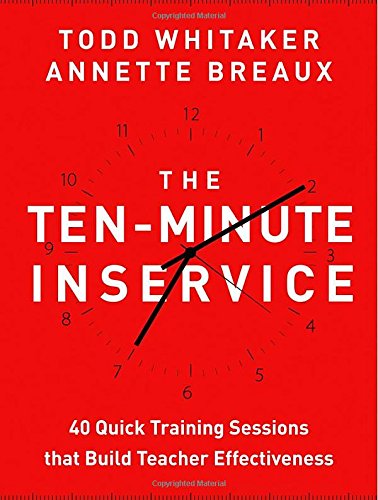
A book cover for The Ten-Minute Inservice: 40 Quick Training Sessions that Build Teacher Effectiveness; Todd Whitaker; Education & Teaching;